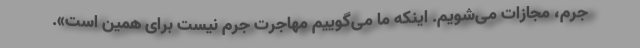
جرم، مجازات می‌شویم. اینکه ما می‌گوییم مهاجرت جرم نیست برای همین است».